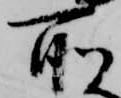
所